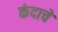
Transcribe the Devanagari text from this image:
कंदाचे